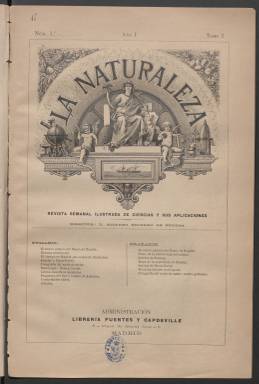
Título: La Naturaleza (Madrid. 1890)
Colección: Ciencias
Ámbito geográfico: Madrid
Lugar de publicación: Madrid
Fechas: 01/01/1890-14/03/1891